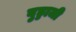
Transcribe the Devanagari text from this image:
बुड्डाजी